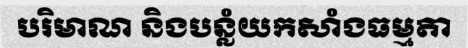
បរិមាណ និងបន្លំយកសាំងធម្មតា